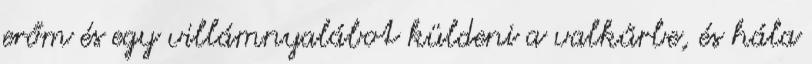
erőm és egy villámnyalábot küldeni a valkűrbe, és hála